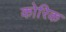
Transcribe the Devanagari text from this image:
कोरिक